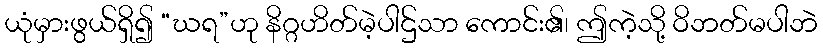
ယုံမှားဖွယ်ရှိ၍ “ဃရ”ဟု နိဂ္ဂဟိတ်မဲ့ပါဌ်သာ ကောင်း၏၊ ဤကဲ့သို့ ဝိဘတ်မပါဘဲ